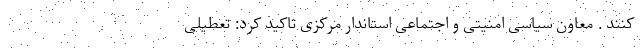
کنند . معاون سیاسی امنیتی و اجتماعی استاندار مرکزی تاکید کرد: تعطیلی